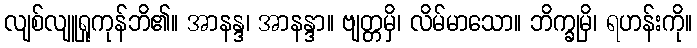
လျစ်လျူရှုကုန်ဘိ၏။ အာနန္ဒ၊ အာနန္ဒာ။ ဗျတ္တမှိ၊ လိမ်မာသော။ ဘိက္ခုမှိ၊ ရဟန်းကို။